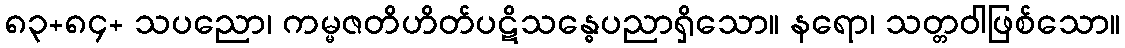
၈၃+၈၄+ သပညော၊ ကမ္မဇတိဟိတ်ပဋိသန္ဓေပညာရှိသော။ နရော၊ သတ္တဝါဖြစ်သော။